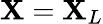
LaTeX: \mathbf{X}=\mathbf{X}_{L}